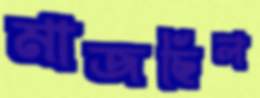
মাজছিল